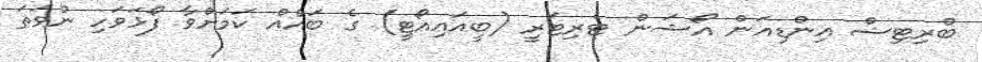
ބްރިޓިޝް އިންޑިއަން އޯޝަން ޓެރިޓަރީ (ބީއައިއޯޓީ) ގެ ބައެއް ކަމަށްވާ ފޯޅަވަހި ނުވަތަ